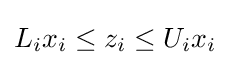
L_{i}x_{i}\leq z_{i}\leq U_{i}x_{i}